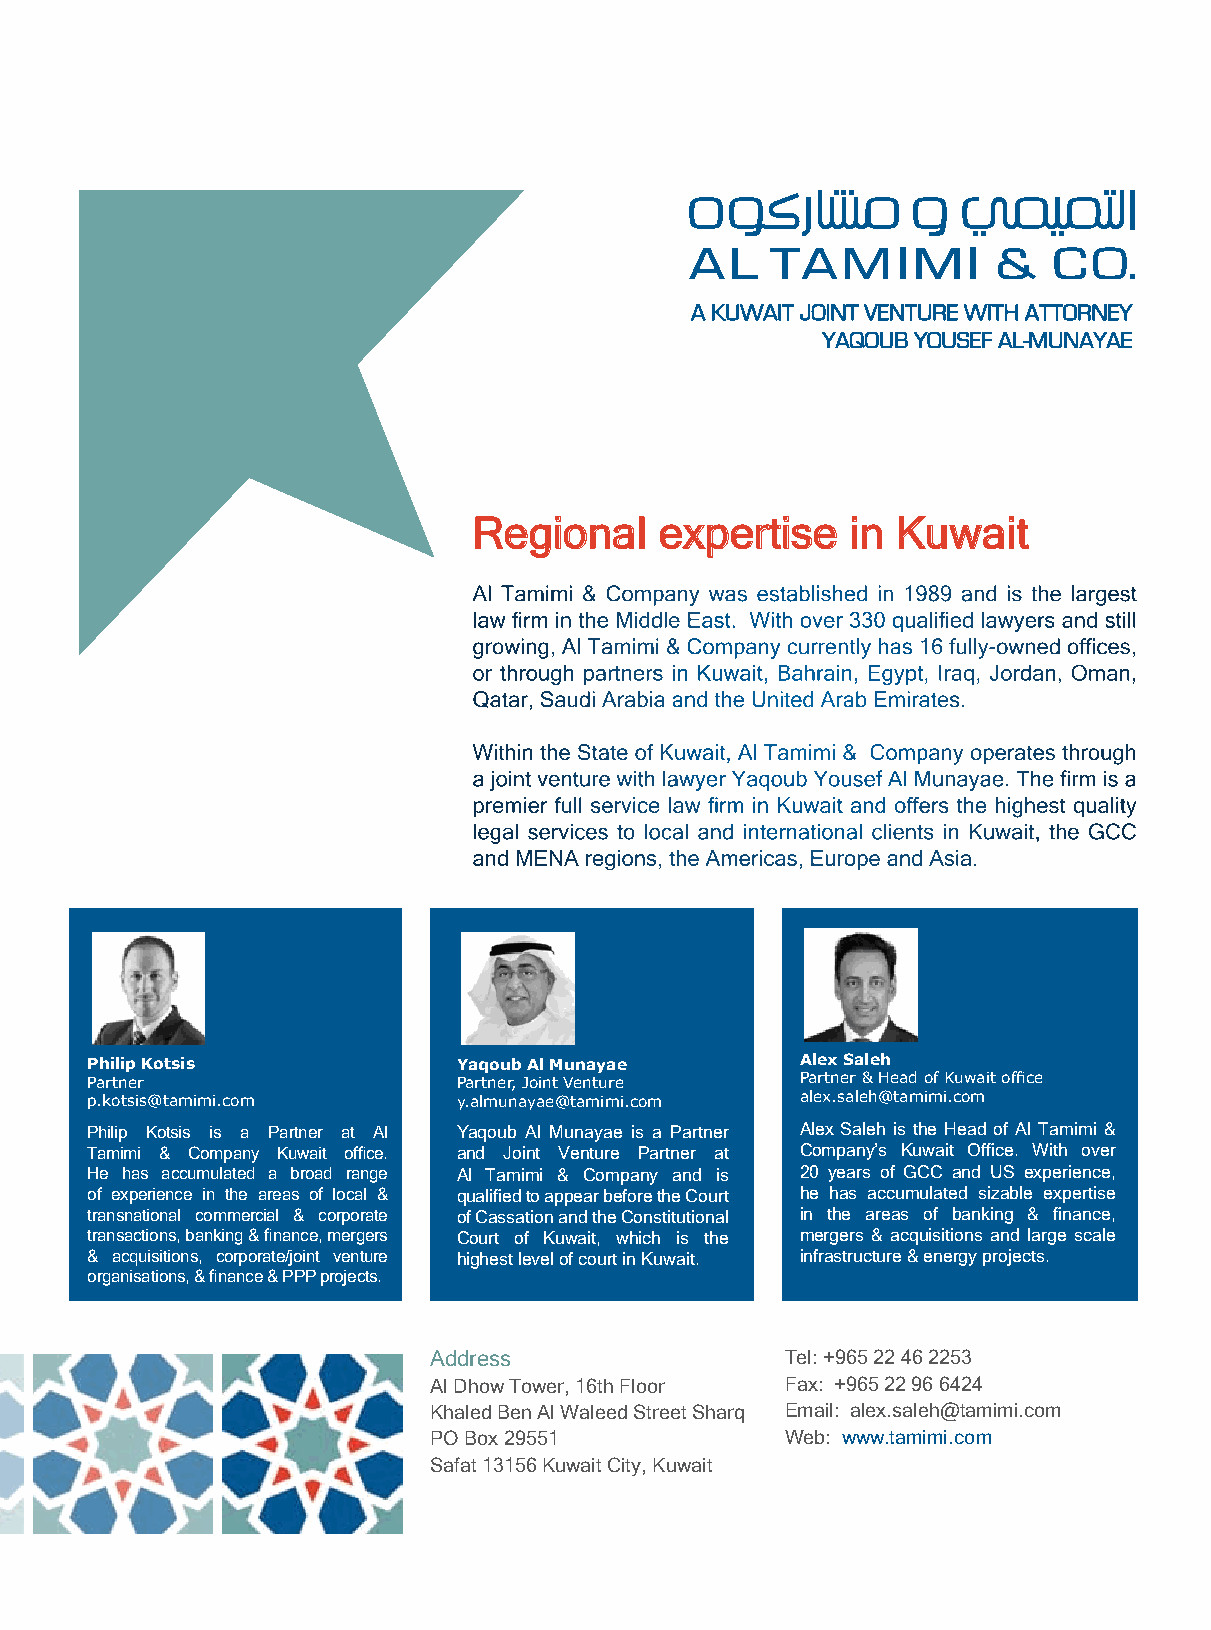
Regional     expertise   in Kuwait
 Al Tamimi & Company was established in 1989 and is the largest
 law firm in the Middle East. With over 330 qualified lawyers and still
 growing, Al Tamimi & Company currently has 16 fully-owned offices,
 or through partners in Kuwait, Bahrain, Egypt, Iraq, Jordan, Oman,
 Qatar, Saudi Arabia and the United Arab Emirates.
 Within the State of Kuwait, Al Tamimi & Company operates through
 a joint venture with lawyer Yaqoub Yousef Al Munayae. The firm is a
 premier full service law firm in Kuwait and offers the highest quality
 legal services to local and international clients in Kuwait, the GCC
 and MENA regions, the Americas, Europe and Asia.
 Philip Kotsis           Yaqoub Al Munayae      Alex Saleh
 Partner                 Partner, Joint Venture Partner & Head of Kuwait office
 p.kotsis@tamimi.com     y.almunayae@tamimi.com alex.saleh@tamimi.com
 Philip Kotsis is a Partner at Al Yaqoub Al Munayae is a Partner Alex Saleh is the Head of Al Tamimi &
 Tamimi & Company Kuwait office. and Joint Venture Partner at Company’s Kuwait Office. With over
 He has accumulated a broad range Al Tamimi & Company and is 20 years of GCC and US experience,
 of experience in the areas of local & qualified to appear before the Court he has accumulated sizable expertise
 transnational commercial & corporate of Cassation and the Constitutional in the areas of banking & finance,
 transactions, banking & finance, mergers Court of Kuwait, which is the mergers & acquisitions and large scale
 & acquisitions, corporate/joint venture highest level of court in Kuwait. infrastructure & energy projects.
 organisations, & finance & PPP projects.
 Address                 Tel: +965 22 46 2253
 Al Dhow Tower, 16th Floor Fax: +965 22 96 6424
 Khaled Ben Al Waleed Street Sharq Email: alex.saleh@tamimi.com
 PO Box 29551            Web: www.tamimi.com
 Safat 13156 Kuwait City, Kuwait